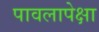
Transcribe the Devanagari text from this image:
पावलापेक्षा